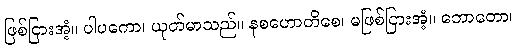
ဖြစ်ငြားအံ့။ ပါပကော၊ ယုတ်မာသည်။ နစဟောတိစေ၊ မဖြစ်ငြားအံ့။ ဘောတော၊